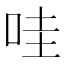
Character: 哇